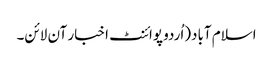
اسلام آباد(اُردو پوائنٹ اخبار آن لائن۔